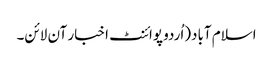
اسلام آباد(اُردو پوائنٹ اخبار آن لائن۔